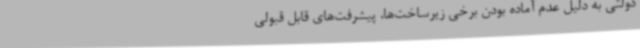
دولتی به دلیل عدم آماده بودن برخی زیرساخت‌ها، پیشرفت‌های قابل قبولی